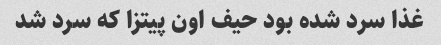
غذا سرد شده بود حیف اون پیتزا که سرد شد